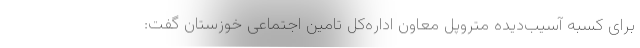
برای کسبه آسیب‌دیده متروپل معاون اداره‌کل تامین اجتماعی خوزستان گفت: